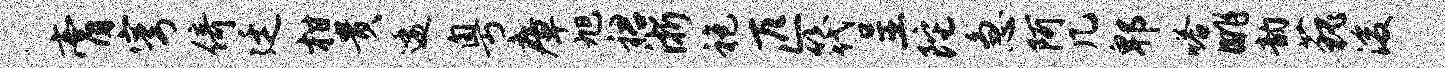
膏穹倚廷柑贵逶粤瘴旭裙浙袍匹筏呈陀急阿几郫嗒眺韵藐浚